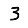
Digit: 3